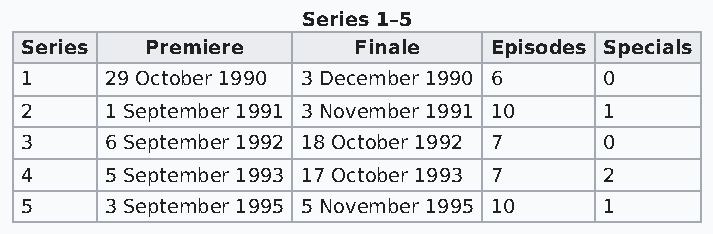
Series 1–5
 Series   Premiere     Finale   Episodes Specials
 1     29 October 1990 3 December 1990 6 0
 2     1 September 1991 3 November 1991 10 1
 3     6 September 1992 18 October 1992 7 0
 4     5 September 1993 17 October 1993 7 2
 5     3 September 1995 5 November 1995 10 1